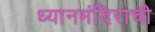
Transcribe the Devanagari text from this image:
ध्यानमंदिराची